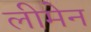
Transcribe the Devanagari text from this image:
लीमेन